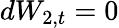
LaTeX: dW_{2,t}=0